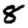
Digit: 8